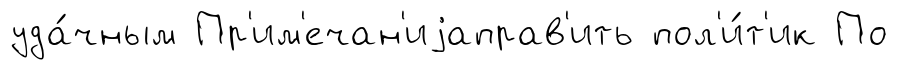
уда́чным Пр'им'ечан'иjаправ'ить пол'и́т'ик По